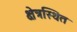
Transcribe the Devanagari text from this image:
क्षेत्रस्थित